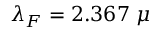
\lambda _ { F } = 2 . 3 6 7 ~ \mu